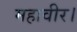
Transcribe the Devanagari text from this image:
महावीर।